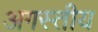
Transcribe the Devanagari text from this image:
अगस्तीय